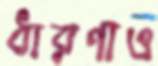
ধারণাও